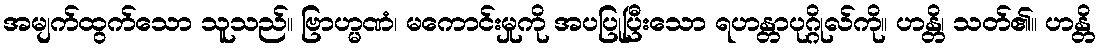
အမျက်ထွက်သော သူသည်။ ဗြာဟ္မဏံ၊ မကောင်းမှုကို အပပြုပြီးသော ရဟန္တာပုဂ္ဂိုလ်ကို။ ဟန္တိ၊ သတ်၏။ ဟန္တိ